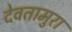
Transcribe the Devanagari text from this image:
देवतामुरा